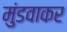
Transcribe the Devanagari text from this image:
मुंडवाकर